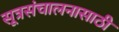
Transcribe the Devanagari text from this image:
सूत्रसंचालनासाठी